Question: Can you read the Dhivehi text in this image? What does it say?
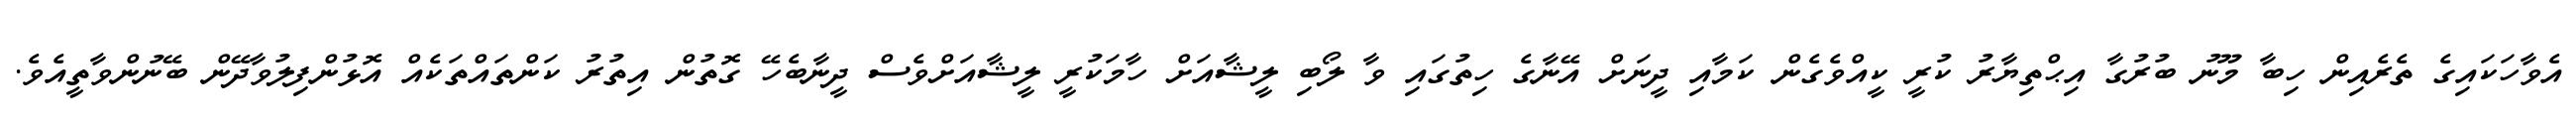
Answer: އެވާހަކައިގެ ތެރެއިން ހިބާ މޫނު ބުރުގާ އިޙްތިޔާރު ކުރީ ކީއްވެގެން ކަމާއި ދީނަށް އޭނާގެ ހިތުގައި ވާ ލޯބި ލީޝާއަށް ހާމަކުރީ ލީޝާއަށްވެސް ދީނާބެހޭ ގޮތުން އިތުރު ކަންތައްތަކެއް އޮޅުންފިލުވާދޭން ބޭނުންވާތީއެވެ.